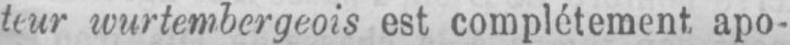
wurtembergeois est complètement apo-